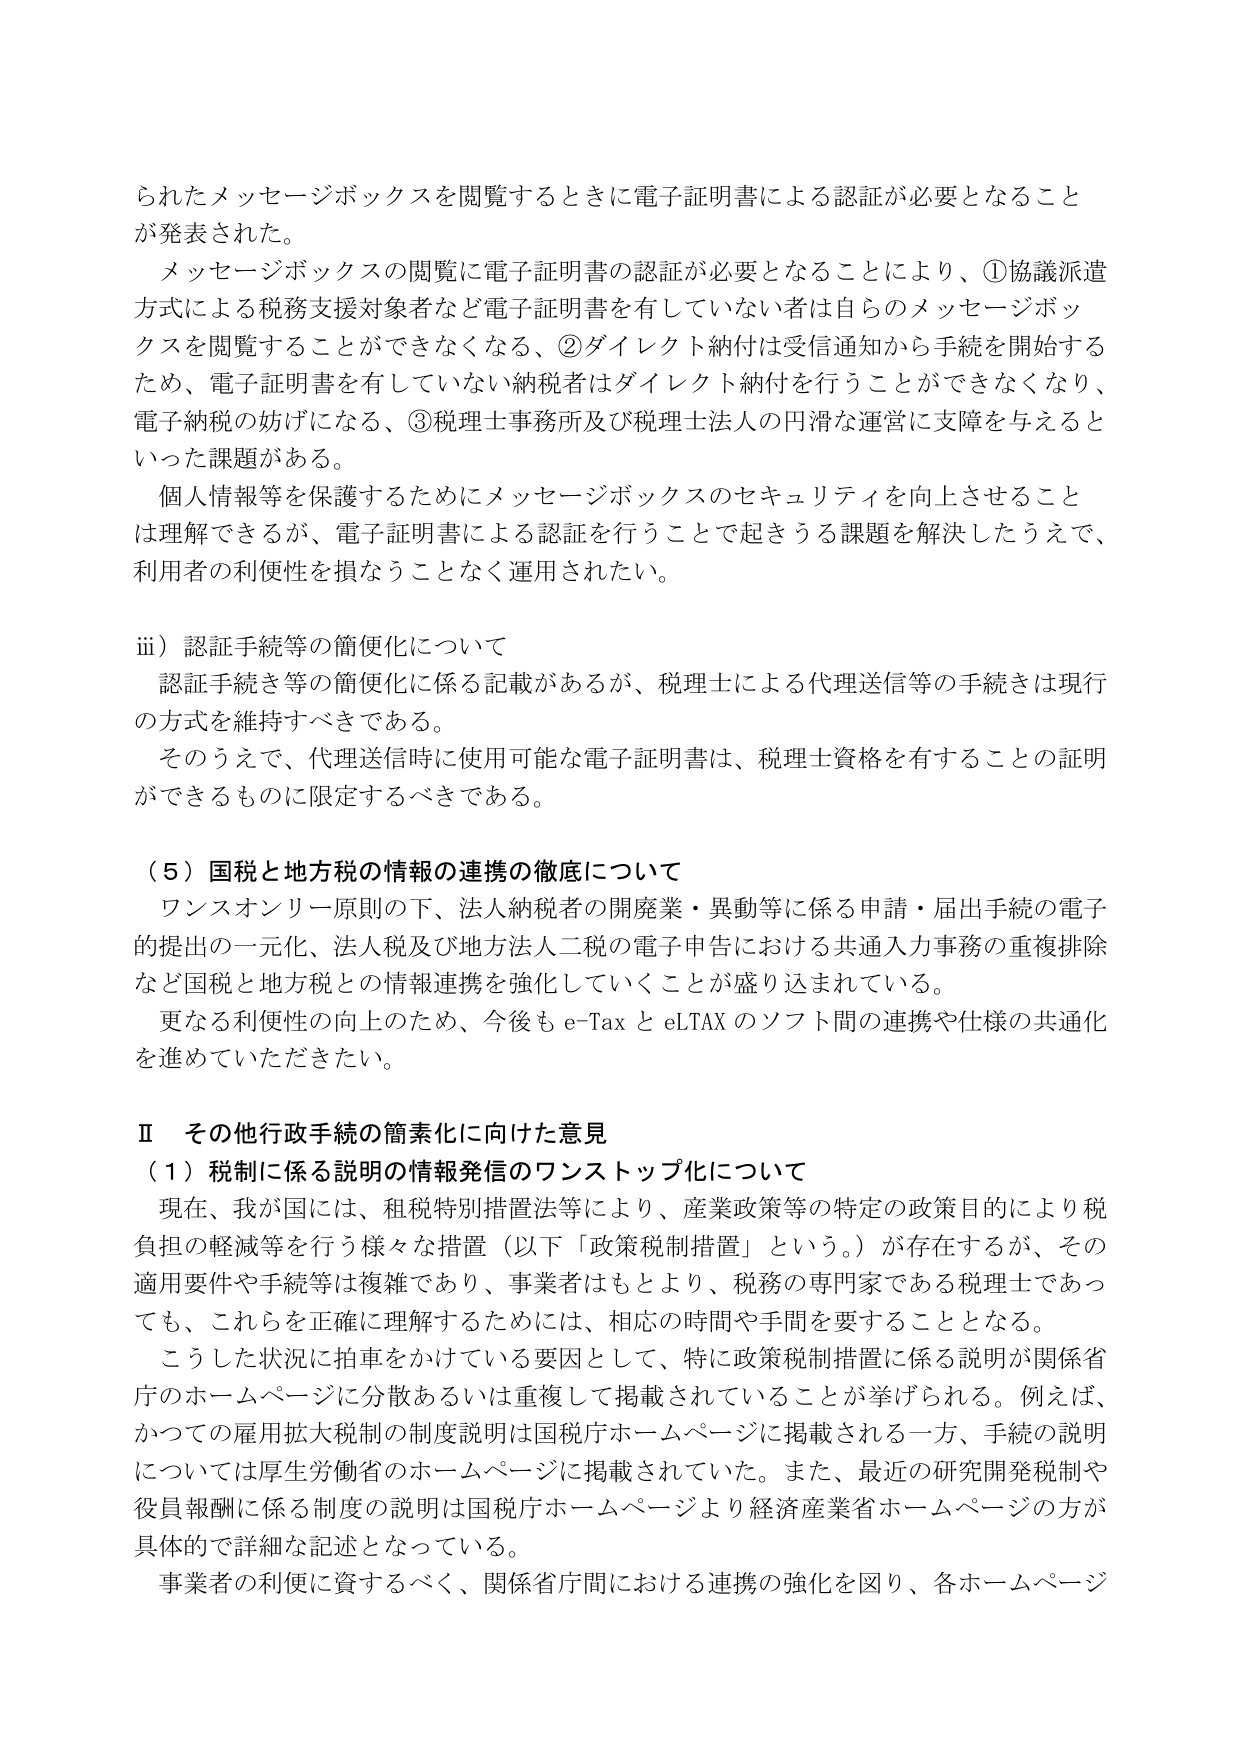
られたメッセージボックスを閲覧するときに電子証明書による認証が必要となることが発表された。

メッセージボックスの閲覧に電子証明書の認証が必要となることにより、①協議派遣方式による税務支援対象者など電子証明書を有していない者は自らのメッセージボックスを閲覧することができなくなる、②ダイレクト納付は受信通知から手続を開始するため、電子証明書を有していない納税者はダイレクト納付を行うことができなくなり、電子納税の妨げになる、③税理士事務所及び税理士法人の円滑な運営に支障を与えるといった課題がある。

個人情報等を保護するためにメッセージボックスのセキュリティを向上させることは理解できるが、電子証明書による認証を行うことで起きうる課題を解決したうえで、利用者の利便性を損なうことなく運用されたい。

ⅲ）認証手続等の簡便化について

認証手続き等の簡便化に係る記載があるが、税理士による代理送信等の手続は現行の方式を維持すべきである。

そのうえで、代理送信時に使用可能な電子証明書は、税理士資格を有することの証明ができるものに限定するべきである。

（５）国税と地方税の情報の連携の徹底について

ワンスオンリーフ原則の下、法人納税者の開廃業・異動等に係る申請・届出手続の電子的提出の一元化、法人税及び地方法人二税の電子申告における共通入力事務の重複排除など国税と地方税との情報連携を強化していくことが盛り込まれている。

更なる利便性の向上のため、今後も e-Tax と eLTAX のソフト間の連携や仕様の共通化を進めていただきたい。

Ⅱ その他行政手続の簡素化に向けた意見

（１）税制に係る説明の情報発信のワンストップ化について

現在、我が国には、租税特別措置法等により、産業政策等の特定の政策目的により税負担の軽減等を行う様々な措置（以下「政策税制措置」という。）が存在するが、その適用要件や手続等は複雑であり、事業者はもとより、税務の専門家である税理士であっても、これらを正確に理解するためには、相応の時間や手間を要することとなる。

こうした状況に拍車をかけている要因として、特に政策税制措置に係る説明が関係省庁のホームページに分散あるいは重複して掲載されていることが挙げられる。例えば、かつての雇用拡大税制の制度説明は国税庁ホームページに掲載される一方、手続の説明については厚生労働省のホームページに掲載されていた。また、最近の研究開発税制や役員報酬に係る制度の説明は国税庁ホームページより経済産業省ホームページの方が具体的で詳細な記述となっている。

事業者の利便に資するべく、関係省庁間における連携の強化を図り、各ホームページ